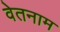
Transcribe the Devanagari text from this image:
वेतनाम